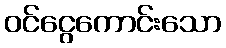
ဝင်ငွေကောင်းသော